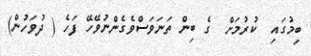
ބިމުގައި  ކުރުމަށް  ގެ ބިން ތަނަވަސްވެގެންނުވޭހޭ ފަހެ ( ދުވަހުން)